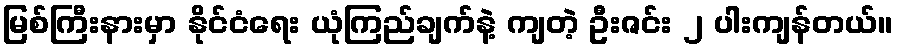
မြစ်ကြီးနားမှာ နိုင်ငံရေး ယုံကြည်ချက်နဲ့ ကျတဲ့ ဦးဇင်း ၂ ပါးကျန်တယ်။